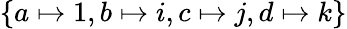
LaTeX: \{ a\mapsto 1,b\mapsto i,c\mapsto j,d\mapsto k\}